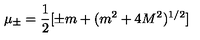
\mu _ { \pm } = \frac { 1 } { 2 } [ \pm m + ( m ^ { 2 } + 4 M ^ { 2 } ) ^ { 1 / 2 } ]